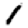
Digit: 1